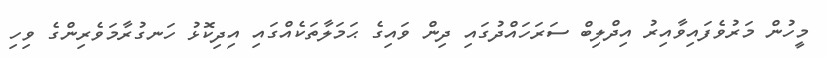
މީހުން މަރުވެފައިވާއިރު އިދްލިބް ސަރަހައްދުގައި ދިން ވައިގެ ޙަމަލާތަކެއްގައި އިދިކޮޅު ހަނގުރާމަވެރިންގެ ވިހި